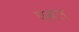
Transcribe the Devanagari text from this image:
घवल